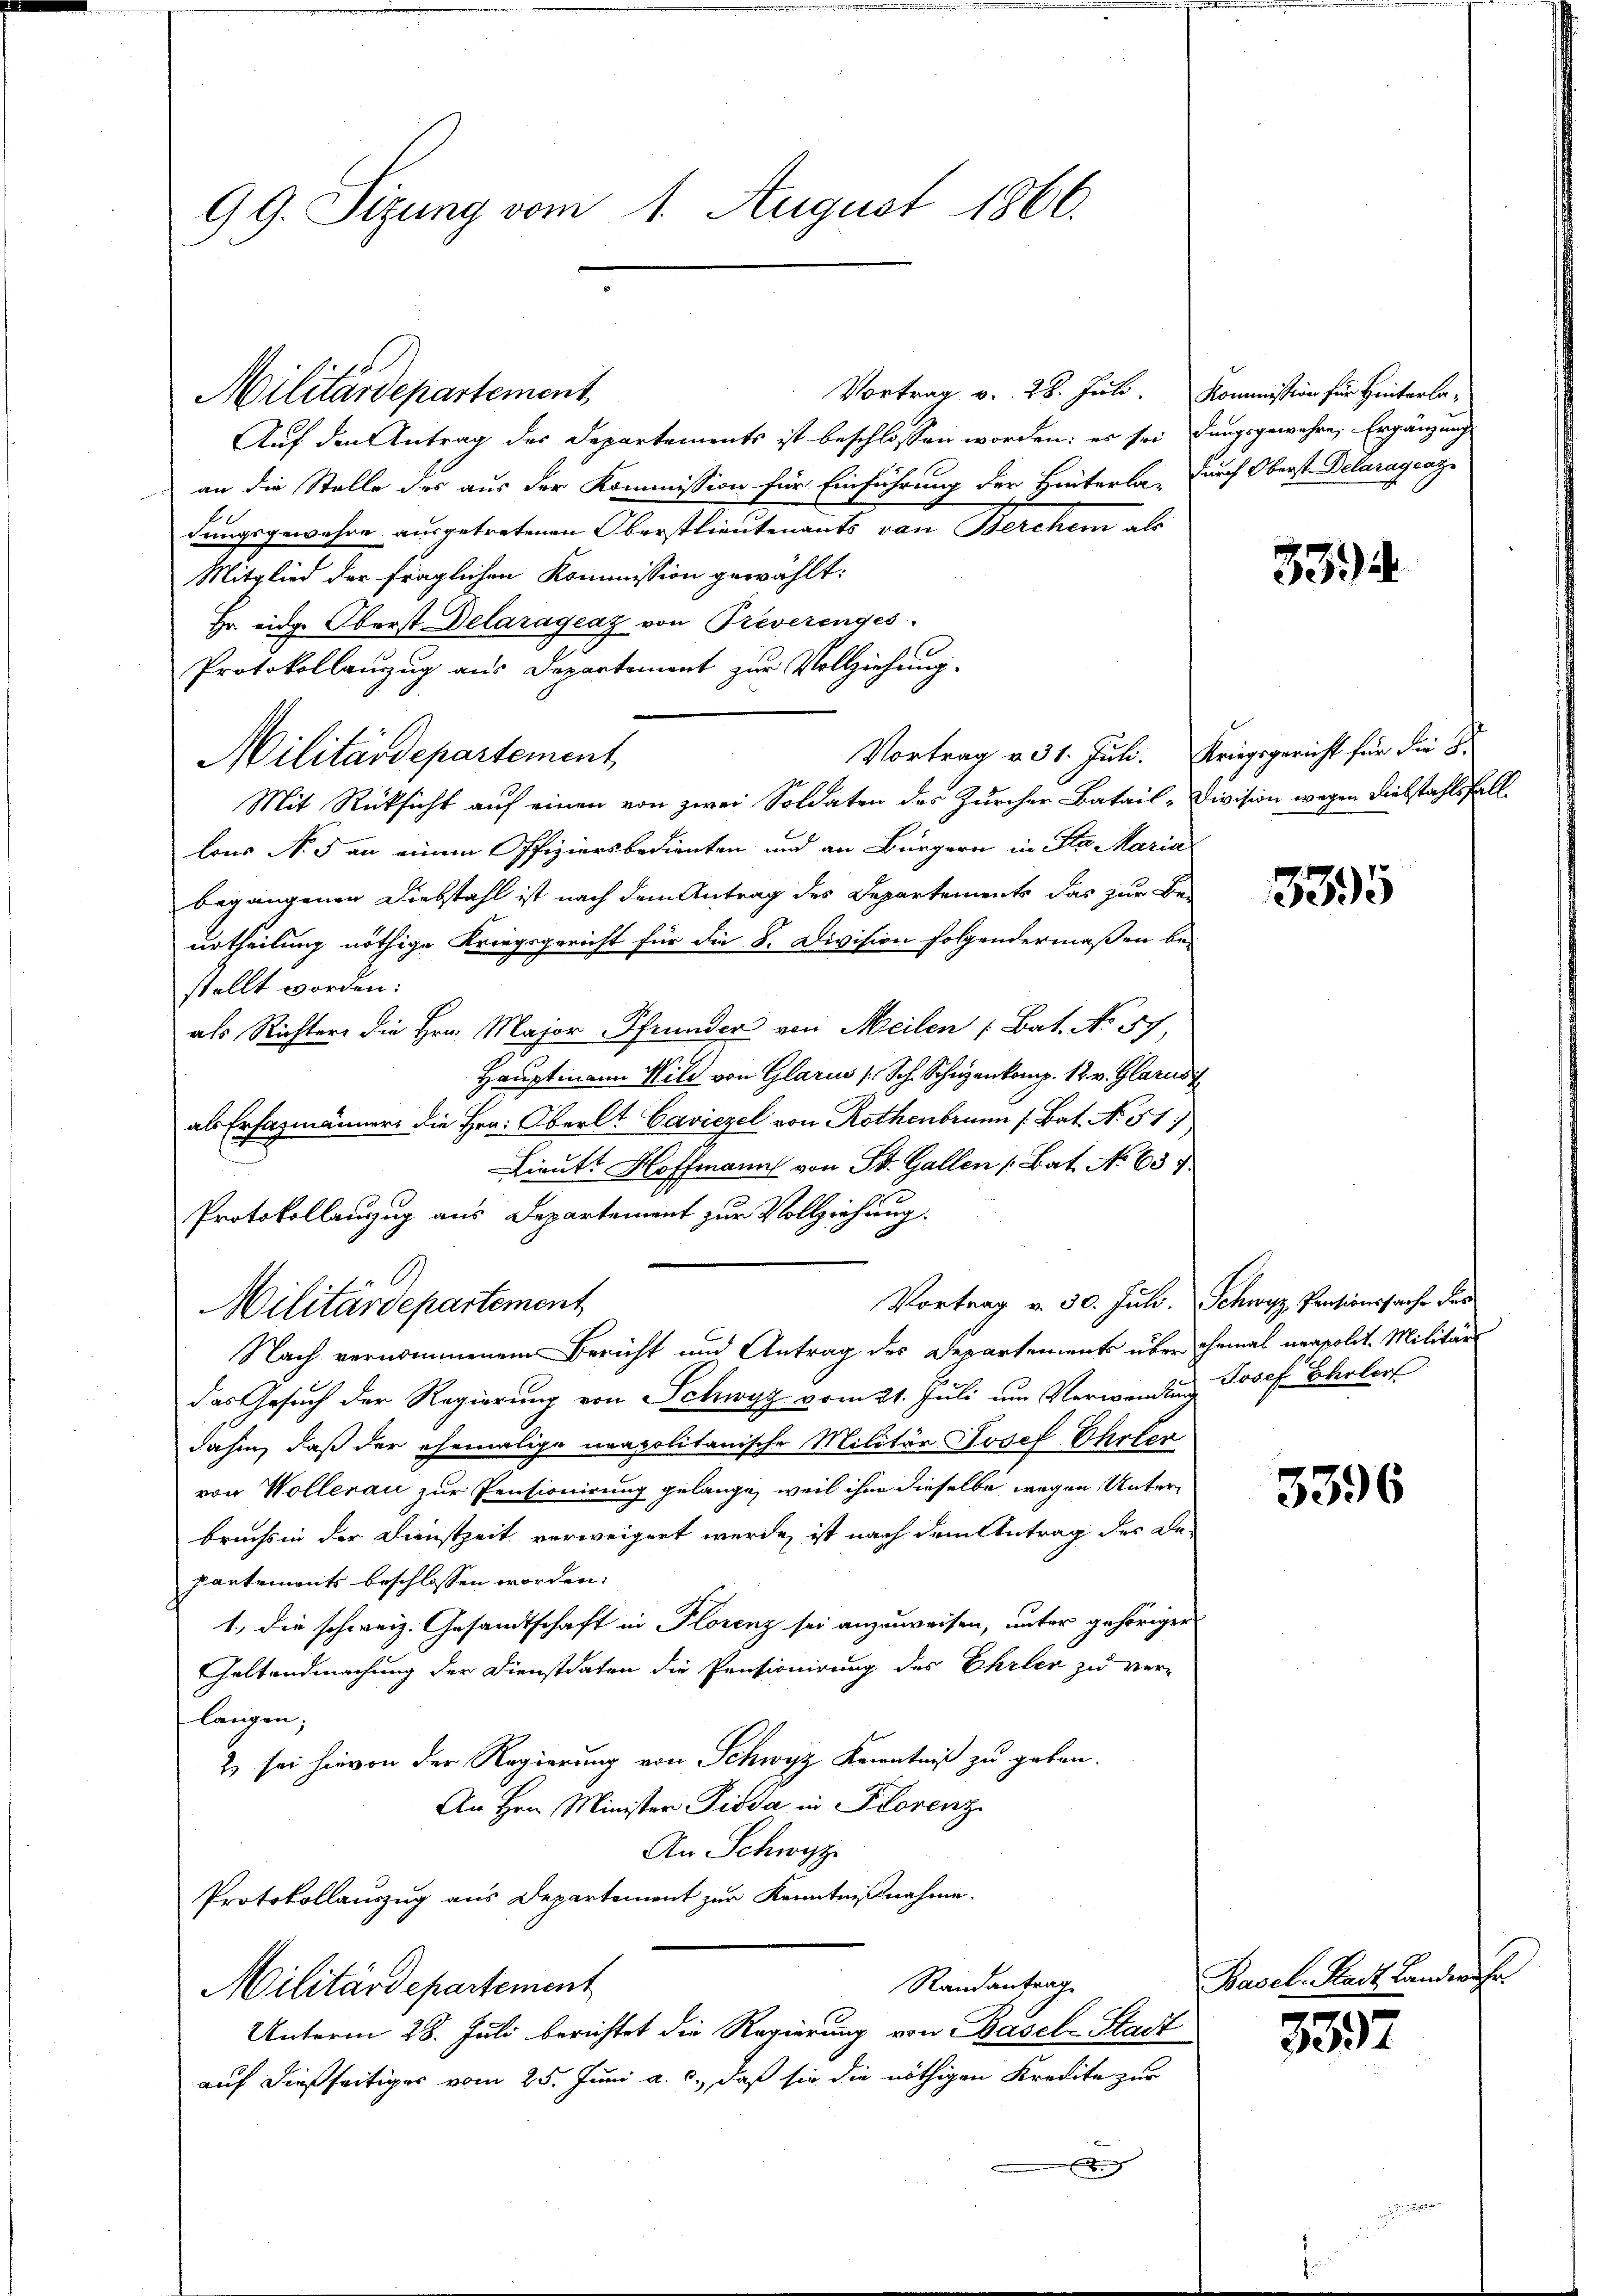
99. Sizung vom 1. August 1866.

Militärdepartement

Vortrag v. 28. Juli. Kommission für Hinterla¬
Auf den Antrag des Departements ist beschlossen worden; es sei dungsgewahre, Ergänzung
an die Stelle des aus der Kommission für Einführung der Hinterla, durch Oberst Delaragcaz
dungsgewahre ausgetretenen Oberstlieutenants von Bercher als
Mitglied der fraglichen Kommission gewählt:
Hr. eidg. Oberst Delaragraz von Preverenges
Protokollanzug aus Departement zur Vollziehung.
Militärdepartement,
Mit Rücksicht auf einen von zwei Soldaten des Zürcher Batail-Division wegen Diebstahlsfall
lons No 5 an einem Offiziersbedienten und an Bürgern in Sta Maria
begangenen Diebstahl ist nach dem Antrag des Departements das zur Be-
urtheilung nöthige Kriegsgericht für die 8. Division folgendermaßen be-
stellt worden:
als Richter die Hrn. Major Pfrunder von Meilen (Bat. No 57,
Hauptmann Wild von Glarus (Sch. Schüzenkomp. 12. v. Glarus
als Erfazmänner die Hrn. Oberlt Caviezel von Rothenbrunn (Bat. No. 51.
Lieutt Hoffmann von St. Gallen (Bat. No 63
Protokollenzug aus Departement zur Vollziehung.
Vortrag v. 30. Juli. Schwyz Practionssache des
Militärdepartement
Nach vernommenem Bericht und Antrag des Departements über ehemal neapolit. Militärs
das Gesuch der Regierung von Schwyz vom 21. Juli um Verwandlunge
dahin, daß der ehemalige neapolitanische Militär Josef Eheler
von Wollerau zur Pensionirung gelange, weil ihm dieselbe wegen Unterbruchs in der Dienstzeit verweigert werde, ist nach dem Antrag des Bepantements beschlossen worden.
1., die schweiz. Gesandtschaft in Florenz sei anzuweisen, unter gehöriger
Geltendmachung der Dienstdaten die Pensionirung des Ehrler zu ver-
langen;
2) sei hievon der Regierung von Schwyz Kenntniß zu geben.
An Hrn. Minister Pioda in Florenz
An Schwyz
Protokollauszug aus Departement zur Kenntniβnahme.
Randantrag
Militärdepartement
Unterm 28. Juli berichtet die Regierung von Basel-Stadt
auf dießseitiges vom 25. Juni a. c., daß sie die nöthigen Kredite zur
x

Vortrag v. 31. Juli. Kriegsgericht für die G

Basel

539

5395

Josef Skolor

3396

3392

mroche